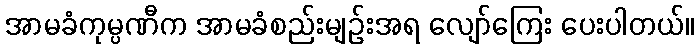
အာမခံကုမ္ပဏီက အာမခံစည်းမျဉ်းအရ လျော်ကြေး ပေးပါတယ်။